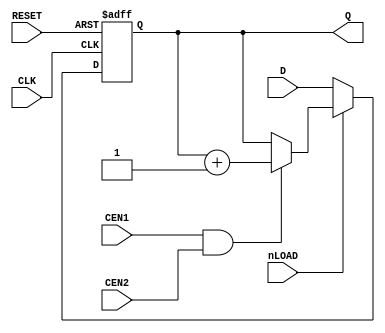
module CNT3(
	input CLK,
	input RESET,
	input nLOAD, CEN1, CEN2,
	input [4:0] D,
	output reg [4:0] Q
);

always @(posedge CLK or posedge RESET) begin
	if (RESET) begin
		Q <= 5'd0;
	end else begin
		if (!nLOAD)
			Q <= D;
		else
			if (CEN1 & CEN2) Q <= Q + 1'b1;
	end
end

endmodule